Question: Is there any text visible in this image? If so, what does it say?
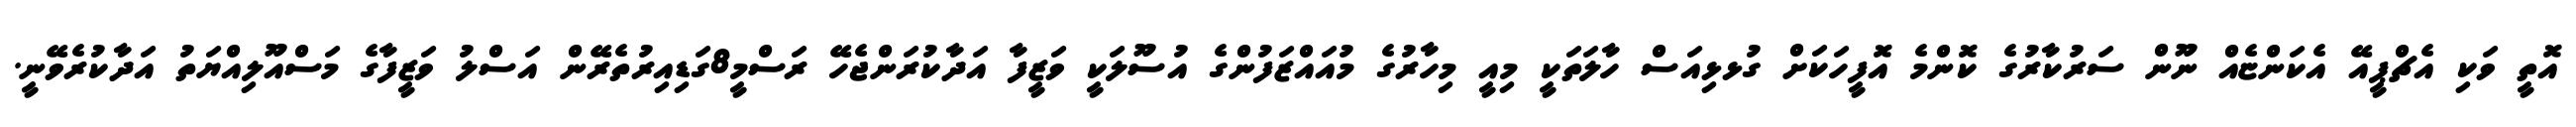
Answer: އޮތީ ވަކި އެޗްޕީއޭ އެކަންޏެއް ނޫން ސަރުކާރުގެ ކޮންމެ އޮފީހަކަށް ގުޅޅިއަސް ހާލަތަކީ މިއީ މިހާރުގެ މުއައްޒަފުންގެ އުސޫލަކީ ވަޒީފާ އަދާކުރަންޖެހޭ ރަސްމީ8ގަޑިއިރުތެރޭން އަސްލު ވަޒީފާގެ މަސްއޫލިއްޔަތު އަދާކުރެވޭނީ.